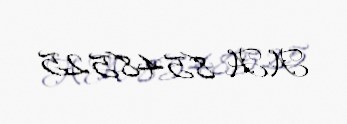
AA 8548525